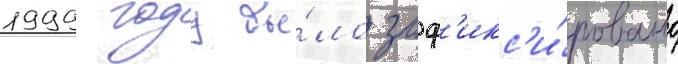
1999 году бы́ло заф'икс'и́ровано